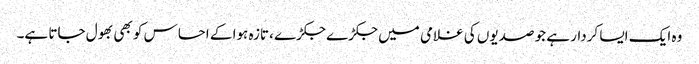
وہ ایک ایسا کردار ہے جو صدیوں کی غلامی میں جکڑے جکڑے ،تازہ ہوا کے احساس کو بھی بھول جاتا ہے۔